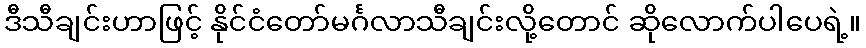
ဒီသီချင်းဟာဖြင့် နိုင်ငံတော်မင်္ဂလာသီချင်းလို့တောင် ဆိုလောက်ပါပေရဲ့။